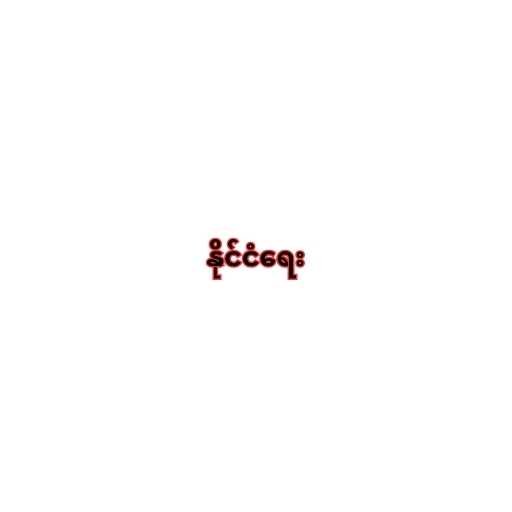
နိုင်ငံရေး